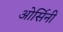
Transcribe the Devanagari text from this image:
ओर्सिनी